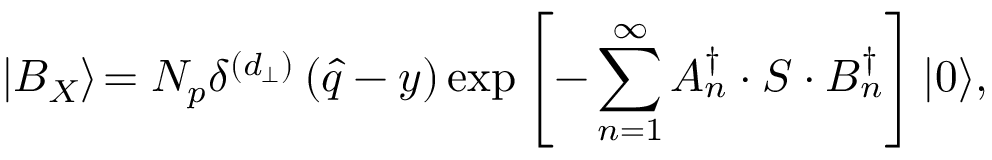
\left| B _ { X } \right\rangle \! = N _ { p } \delta ^ { \left( d _ { \bot } \right) } \left( \widehat { q } - y \right) \exp \left[ - \sum _ { n = 1 } ^ { \infty } A _ { n } ^ { \dagger } \cdot S \cdot B _ { n } ^ { \dagger } \right] \left| 0 \right\rangle \! ,